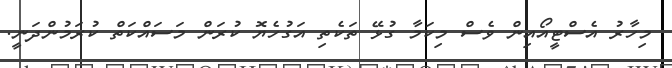
މިހާރު އެސްޓީއޯއިން ވެސް މިކަމާ ގުޅޭ ތަކެތި އަގުހެޔޮ ކުރަން މަސައްކަތް ކުރަމުންދަނީ.